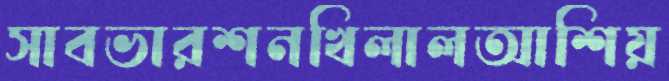
সাবভারশনখিলালআশিয়